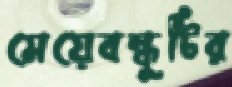
মেয়েবন্ধুটির